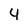
Character: 4